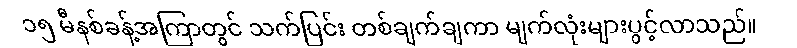
၁၅ မီနစ်ခန့်အကြာတွင် သက်ပြင်း တစ်ချက်ချကာ မျက်လုံးများပွင့်လာသည်။